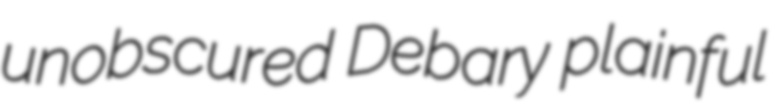
unobscured Debary plainful